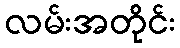
လမ်းအတိုင်း